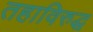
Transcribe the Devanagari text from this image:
तहाविरुद्ध